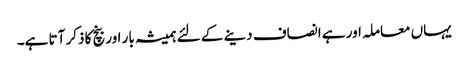
یہاں معاملہ اور ہے انصاف دینے کے لئے ہمیشہ بار اور بنچ کا ذکر آتا ہے۔